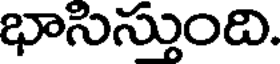
భాసిస్తుంది.